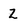
Character: z